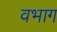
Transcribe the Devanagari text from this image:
वभाग